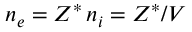
n _ { e } = Z ^ { * } \, n _ { i } = Z ^ { * } / V